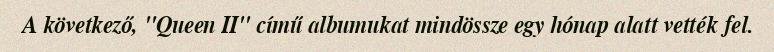
A következő, "Queen II" című albumukat mindössze egy hónap alatt vették fel.